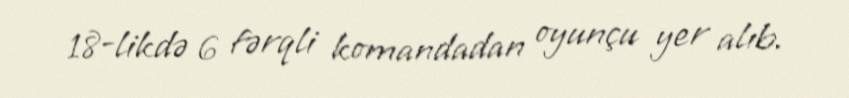
18-likdə 6 fərqli komandadan oyunçu yer alıb.